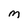
Character: M